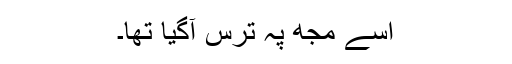
اسے مجھ پہ ترس آگیا تھا۔